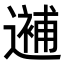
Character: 𨗗